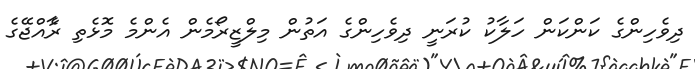
ދިވެހިންގެ ކަންކަން ހަލާކު ކުރަނީ ދިވެހިންގެ އަތުން މިލްޒީރޯމެން އެންމެ މޮޅެތި ރާެއްޖޭގެ